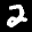
Label: 2